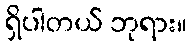
ရှိပါတယ် ဘုရား။